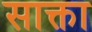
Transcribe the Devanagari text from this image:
साक्ता